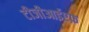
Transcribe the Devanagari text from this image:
टीजीआईएफ़